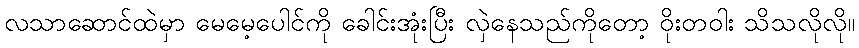
လသာဆောင်ထဲမှာ မေမေ့ပေါင်ကို ခေါင်းအုံးပြီး လှဲနေသည်ကိုတော့ ဝိုးတဝါး သိသလိုလို။